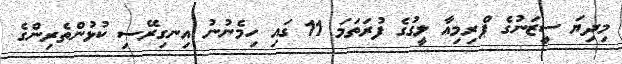
މިދިޔަ ސީޒަނުގެ ޕްރިމިއާ ލީގުގެ ފުރަތަމަ 11 ގައި ހިމެނުނު އިނގިރޭސި ކުޅުންތެރިންގެ